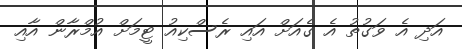
އަދި އެ ވަގުތު އެ ގެއަށް އައި ރެސްކިއު ޓީމަށް އުމްރާން އާއި